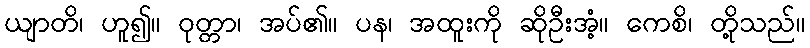
ယျာတိ၊ ဟူ၍။ ဝုတ္တာ၊ အပ်၏။ ပန၊ အထူးကို ဆိုဦးအံ့။ ကေစိ၊ တို့သည်။